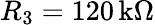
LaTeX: R_{3}=120\, \mathrm{k\Omega}